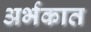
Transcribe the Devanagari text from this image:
अर्भकात